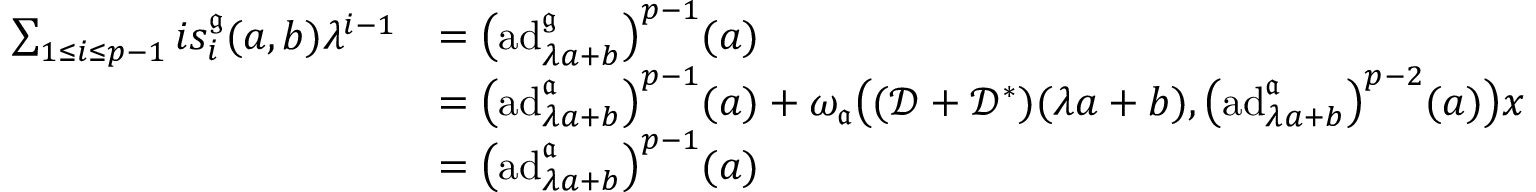
\begin{array} { r l } { \sum _ { 1 \leq i \leq p - 1 } i s _ { i } ^ { \mathfrak { g } } ( a , b ) \lambda ^ { i - 1 } } & { = \bigl ( \mathrm { a d } _ { \lambda a + b } ^ { \mathfrak { g } } \bigr ) ^ { p - 1 } ( a ) } \\ & { = \bigl ( \mathrm { a d } _ { \lambda a + b } ^ { \mathfrak { a } } \bigr ) ^ { p - 1 } ( a ) + \omega _ { \mathfrak { a } } \bigl ( ( { \mathscr D } + { \mathscr D } ^ { * } ) ( \lambda a + b ) , \bigl ( \mathrm { a d } _ { \lambda a + b } ^ { \mathfrak { a } } \bigr ) ^ { p - 2 } ( a ) \bigr ) x } \\ & { = \bigl ( \mathrm { a d } _ { \lambda a + b } ^ { \mathfrak { a } } \bigr ) ^ { p - 1 } ( a ) } \end{array}